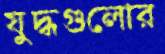
যুদ্ধগুলোর